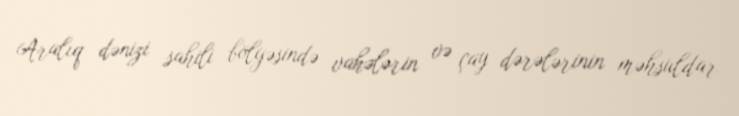
Aralıq dənizi sahili bölgəsində vahələrin və çay dərələrinin məhsuldar